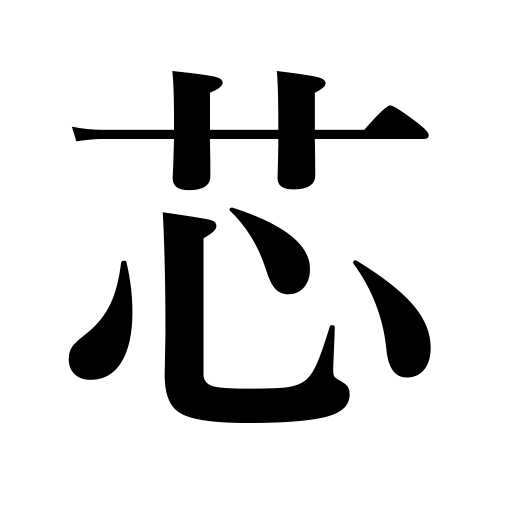
Meanings: wick